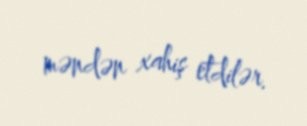
məndən xahiş etdilər.